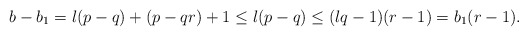
\begin{align*} b-b_1 = l(p-q) + (p-qr) + 1 \leq l(p-q) \leq (lq-1)(r-1) = b_1(r-1). \end{align*}